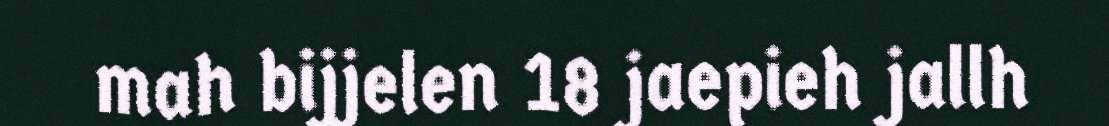
mah bijjelen 18 jaepieh jallh